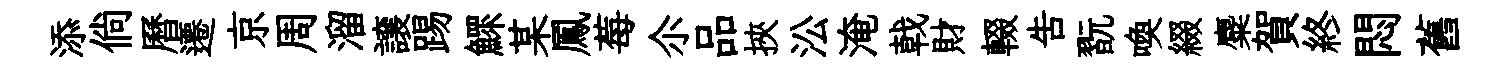
添倘曆遷京周溜譲踢鰥某鳳莓尒品挾㳂淹戟財輟吿翫喚綴麋賀終悶舊